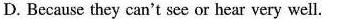
D. Because they can't see or hear very well.